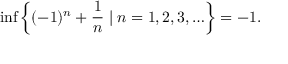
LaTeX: \operatorname* { i n f } \left\{ ( - 1 ) ^ { n } + { \frac { 1 } { n } } \mid n = 1 , 2 , 3 , \ldots \right\} = - 1 .